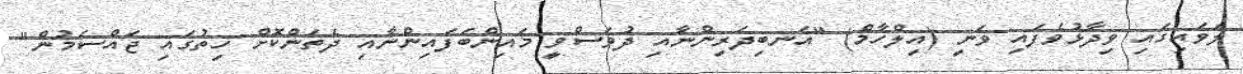
ލަވައިގައި ވިދާޅުވެފައި ވަނީ (އިލްހާމް) "އަނބިދަރިންނާއި ދުވަސްވީ މައިންބަފައިންނާއި ދެތަންކޮށް ހިތުގައި ޖައްސަމުން"